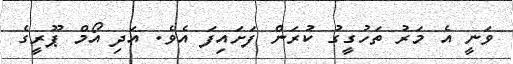
ވަނީ އެ މަރު ތަހުގީގު ކުރަން ފަށައިފަ އެވެ. އަދި އޯމް ޕޫރީގެ